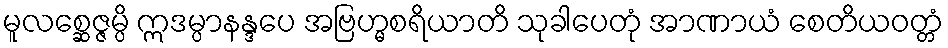
မူလစ္ဆေဇ္ဇမ္ပိ ဣဒမ္ပာနန္ဒပေ အဗြဟ္မစရိယာတိ သုခါပေတုံ အာဏာယံ စေတိယဝတ္တံ